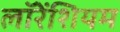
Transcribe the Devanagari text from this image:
लॉरेंशियम